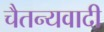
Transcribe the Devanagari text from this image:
चैतन्यवादी